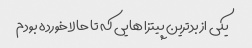
یکی از بدترین پیتزا هایی که تا حالا خورده بودم